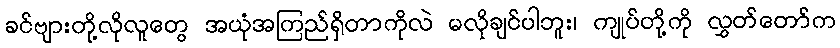
ခင်ဗျားတို့လိုလူတွေ အယုံအကြည်ရှိတာကိုလဲ မလိုချင်ပါဘူး၊ ကျုပ်တို့ကို လွှတ်တော်က